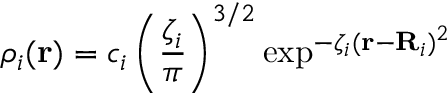
\rho _ { i } ( \mathbf { r } ) = c _ { i } \left( \frac { \zeta _ { i } } { \pi } \right) ^ { 3 / 2 } \exp ^ { - \zeta _ { i } ( \mathbf { r } - \mathbf { R } _ { i } ) ^ { 2 } }